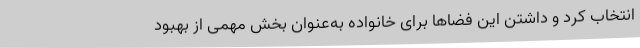
انتخاب کرد و داشتن این فضاها برای خانواده به‌عنوان بخش مهمی از بهبود